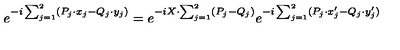
e ^ { - i \sum _ { j = 1 } ^ { 2 } ( P _ { j } \cdot x _ { j } - Q _ { j } \cdot y _ { j } ) } = e ^ { - i X \cdot \sum _ { j = 1 } ^ { 2 } ( P _ { j } - Q _ { j } ) } e ^ { - i \sum _ { j = 1 } ^ { 2 } ( P _ { j } \cdot x _ { j } ^ { \prime } - Q _ { j } \cdot y _ { j } ^ { \prime } ) }